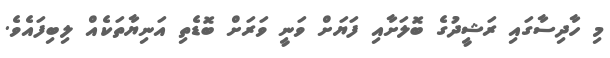
މި ހާދިސާގައި ރަޝީދުގެ ބޮލަށާއި ފަޔަށް ވަނީ ވަރަށް ބޮޑެތި އަނިޔާތަކެއް ލިބިފައެވެ.